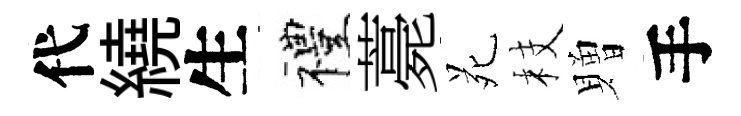
代繞生禮薧苑枝贈手